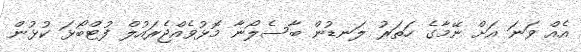
އެއް ވަނަ އަށް ނޭމާގެ ހަތަރު ލަނޑުން ބާސެލޯނާ މޮޅުވެއްޖެރައުލް ފުޓްބޯޅަ ކުޅުން